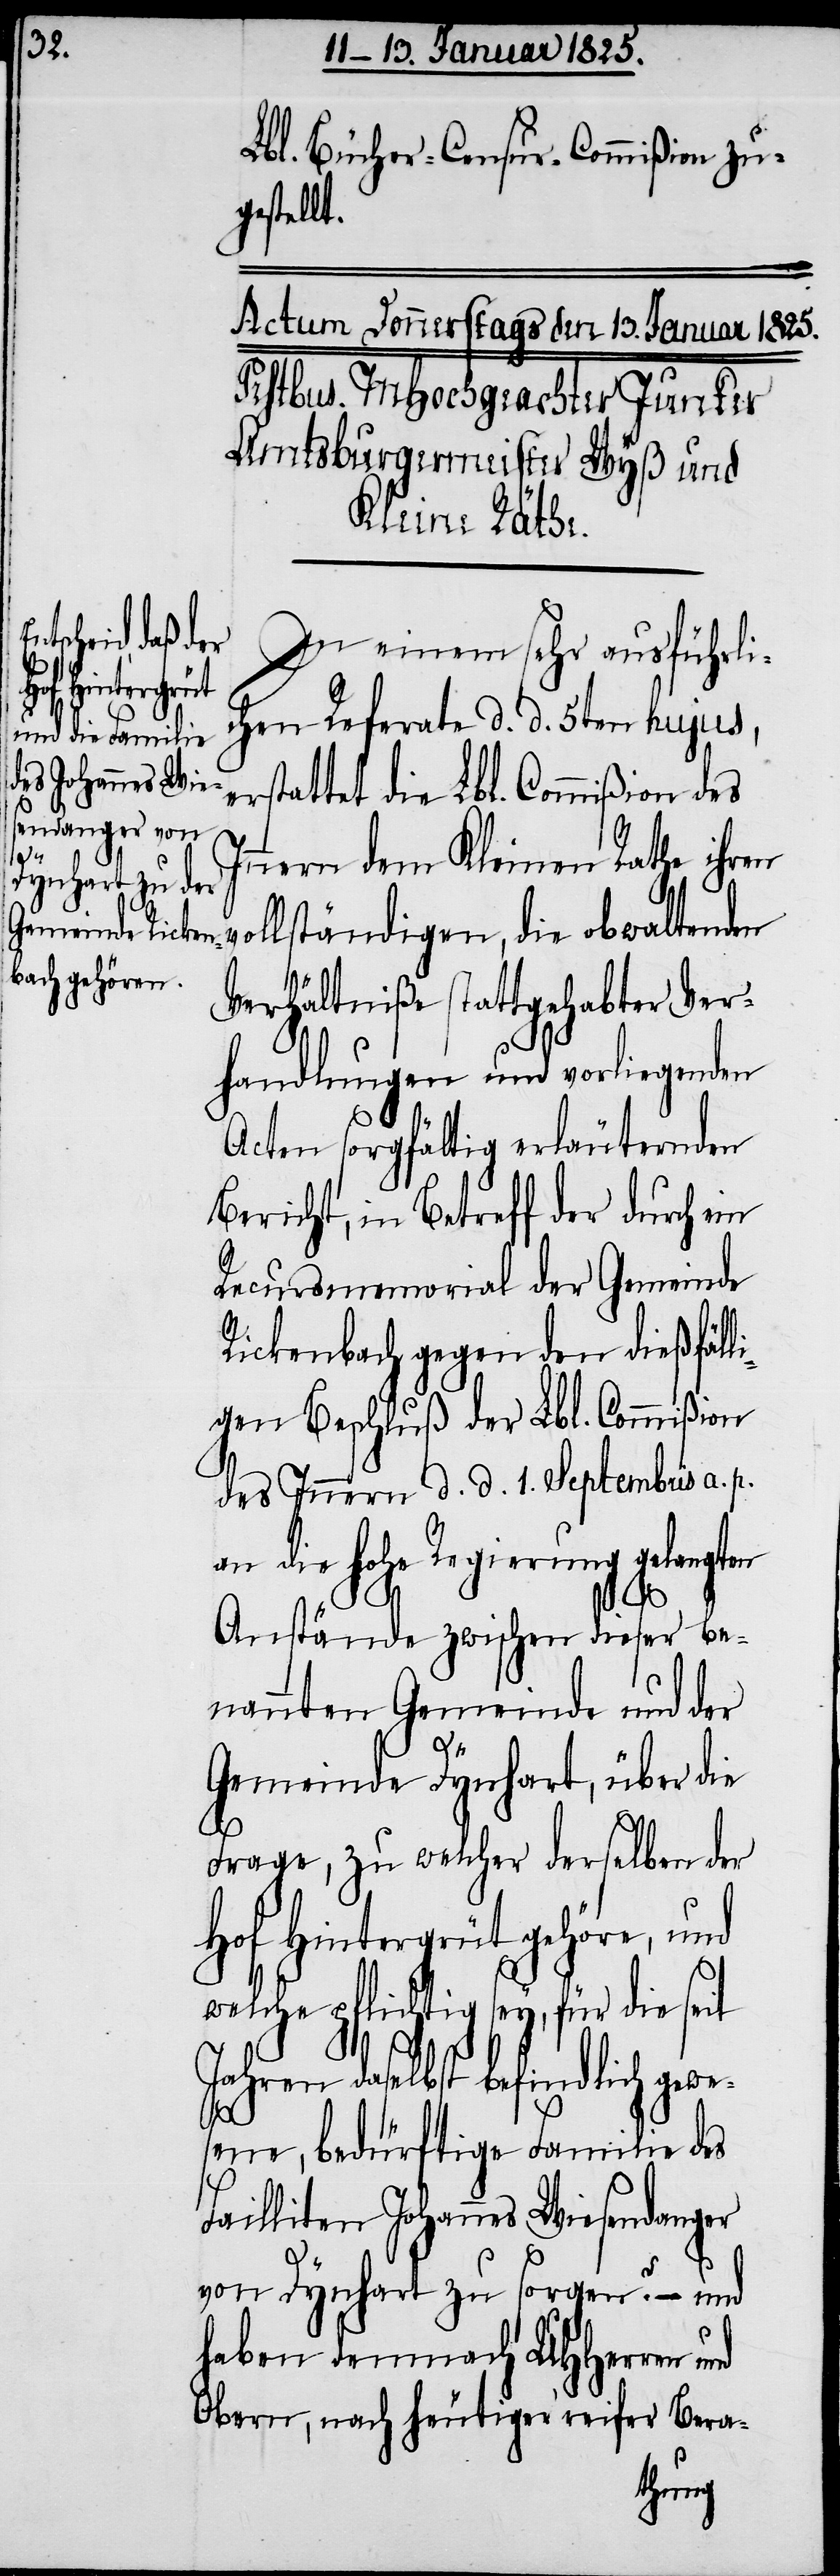
In¬

Lbl. Bücher-Censur-Commißion zu¬
gestellt.
In einem sehr ausführli¬
chen Referate d. d. 5ten hujus,
erstattet die Lbl. Commißion des
nern dem Kleinen Rathe ihren
ollständigen, die obwaltenden
Verhältniße stattgehabter Ver¬
handlungen und vorliegenden
Acten sorgfältig erläuternden
Bericht, in Betreff der durch ein
Recursmemorial der Gemeinde
Rickenbach gegen den dießfäll¬
igen Beschluß der Lbl. Commißion
des Innern d. d. 1. Septembris a. p.
an die hohe Regierung gelangten
Anstände zwischen dieser be¬
nannten Gemeinde und der
v¬
Gemeinde Dynhart, über die
Frage, zu welcher derselben der
Hof Hintergrüt gehöre, und
welche pflichtig sey, für die seit
Jahren daselbst befindlich gewe¬
sene, bedürftige Familie des
Failliten Johannes Wiesendanger
von Dynhart zu sorgen? – und
haben demnach UHHerren
Obern, nach heutiger reifer Bera-